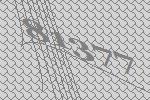
81377